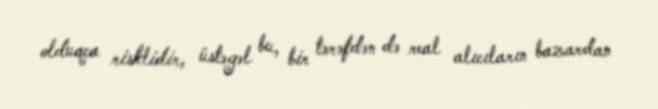
olduqca risklidir, üstəgəl bu, bir tərəfdən də real alıcıların bazardan